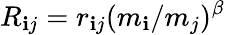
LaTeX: R_{\mathbf{i}j}=r_{\mathbf{i}j}(m_{\mathbf{i}}/m_{j})^{\beta}